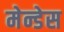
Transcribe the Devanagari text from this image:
मेन्डेस